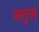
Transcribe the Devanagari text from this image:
जमुस